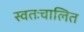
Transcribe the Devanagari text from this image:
स्वतःचालित